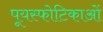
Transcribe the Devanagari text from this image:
पूयस्फोटिकाओं